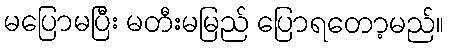
မပြောမပြီး မတီးမမြည် ပြောရတော့မည်။